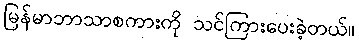
မြန်မာဘာသာစကားကို သင်ကြားပေးခဲ့တယ်။